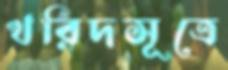
খরিদসূত্রে